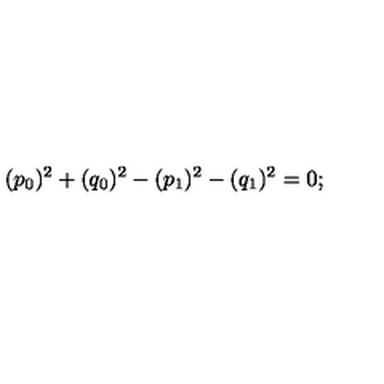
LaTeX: ( p _ { 0 } ) ^ { 2 } + ( q _ { 0 } ) ^ { 2 } - ( p _ { 1 } ) ^ { 2 } - ( q _ { 1 } ) ^ { 2 } = 0 ;